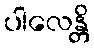
ပါလေန္တိ